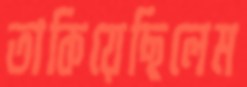
তাকিয়েছিলেম